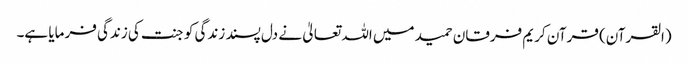
(القرآن) قرآن کریم فرقان حمید میں اللہ تعالیٰ نے دل پسند زندگی کو جنت کی زندگی فرمایا ہے۔